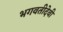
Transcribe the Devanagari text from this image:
भगवतीदेवी